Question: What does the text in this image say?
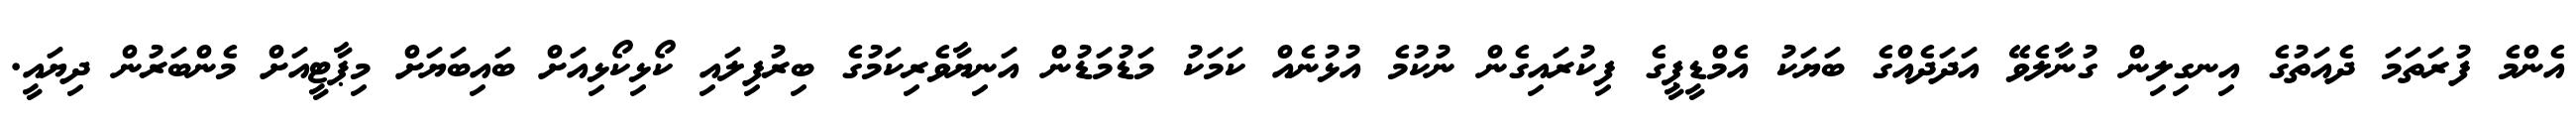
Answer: އެންމެ ފުރަތަމަ ދެއަތުގެ އިނގިލިން ގުނާލެވޭ އަދަދެއްގެ ބަޔަކު އެމްޑީޕީގެ ފިކުރައިގެން ނުކުމެ އުޅުނެއް ކަމަކު މަޑުމަޑުން އަނިޔާވެރިކަމުގެ ބިރުފިލައި ކޯޅިކޯޅިއަށް ބައިބަޔަށް މިޕާޓީއަށް މެންބަރުން ދިޔައީ.